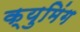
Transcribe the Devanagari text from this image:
क्युमिंग